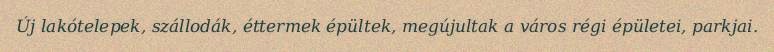
Új lakótelepek, szállodák, éttermek épültek, megújultak a város régi épületei, parkjai.